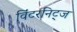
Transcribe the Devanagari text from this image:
विंटरनिट्ज